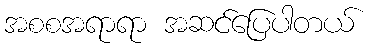
အစစအရာရာ အဆင်ပြေပါတယ်